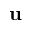
{ \bf u }